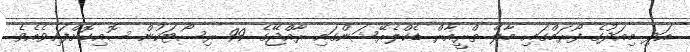
އަދި މިއަދުގެ ފޯރަމްގައި މާލޭ ތްރީއާރް ޑެކްލެރޭޝަންގައި ރާއްޖޭގެ 99 ރިސޯޓަކުން ސޮއިކޮށްފައިވެއެވެ.